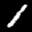
Label: 1